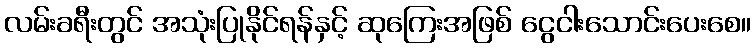
လမ်းခရီးတွင် အသုံးပြုနိုင်ရန်နှင့် ဆုကြေးအဖြစ် ငွေငါးသောင်းပေးစေ။